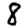
Digit: 8